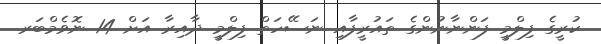
ކުރީގެ ފިލްމީ ފަންނާނުންގެ ތައުރީފާއި ނަސޭހަތް ފިލްމީ ދާއިރާ އަށް 14 ނޮވެމްބަރ